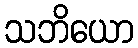
သဘိယော